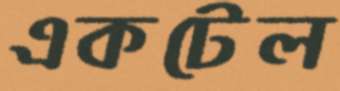
একটেল